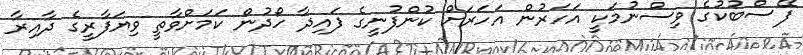
ފޭސްބުކުގެ ވިސްނުމަކީ އަހަރުން އަހަރަށް ކުންފުނީގެ ފައިދާ ހޯދުން ކަމަށްވާތީ ވިޔަފާރީގެ ދާއިރާ